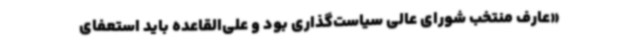
«عارف منتخب شورای عالی سیاست‌گذاری بود و علی‌القاعده باید استعفای